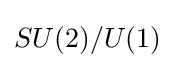
SU(2)/U(1)